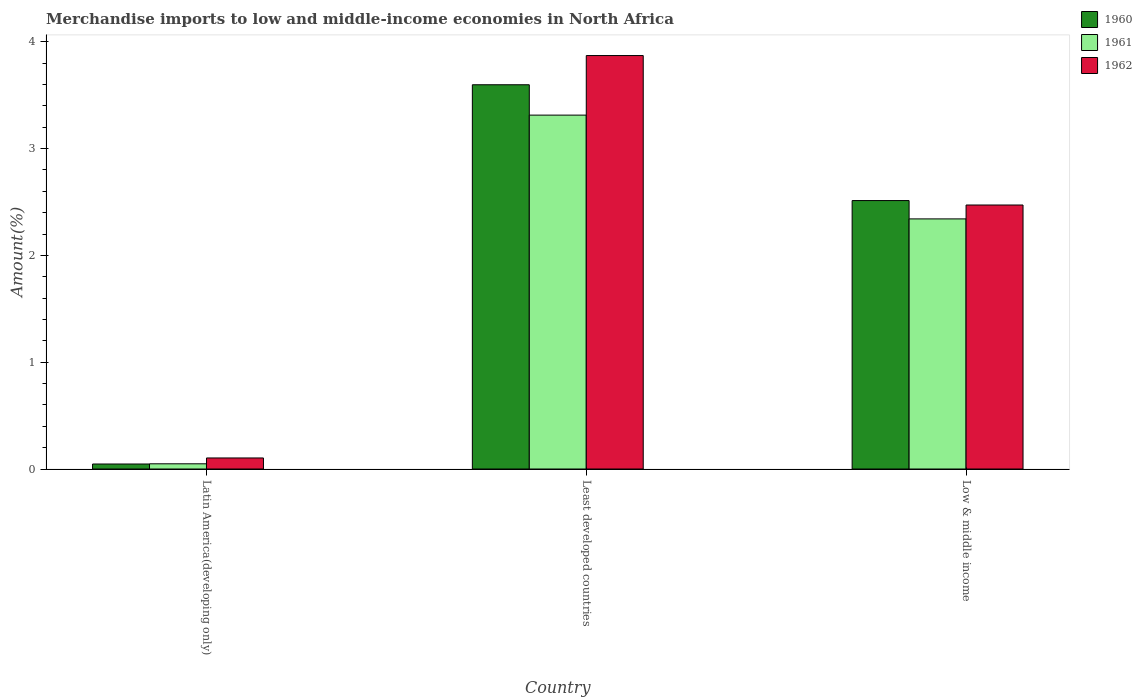
| Country | 1960 | 1961 | 1962 |
 | --- | --- | --- | --- |
 | Latin America(developing only) | 0.0469 | 0.0488 | 0.104 |
 | Least developed countries | 3.6 | 3.31 | 3.87 |
 | Low & middle income | 2.51 | 2.34 | 2.47 |